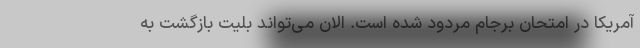
آمریکا در امتحان برجام مردود شده است. الان می‌تواند بلیت بازگشت به